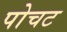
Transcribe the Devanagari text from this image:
पोचट